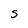
Character: S